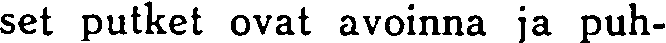
set putket ovat avoinna ja puh-